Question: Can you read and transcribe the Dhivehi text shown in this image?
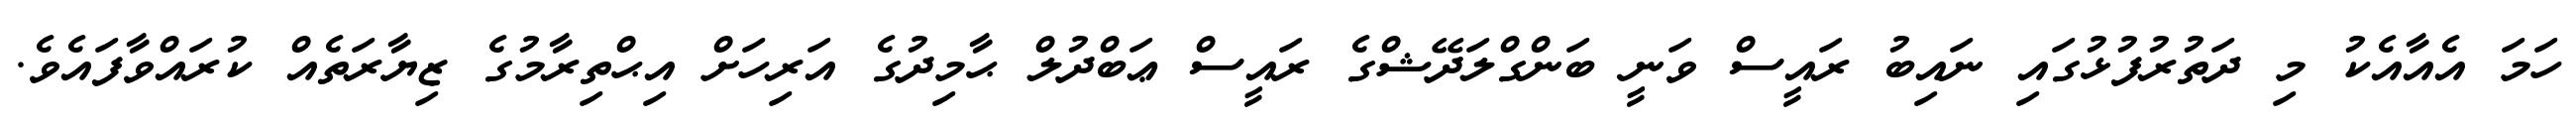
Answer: ހަމަ އެއާއެކު މި ދަތުރުފުޅުގައި ނައިބު ރައީސް ވަނީ ބަންގްލަދޭޝްގެ ރައީސް ޢަބްދުލް ޙާމިދުގެ އަރިހަށް އިޙްތިރާމުގެ ޒިޔާރަތެއް ކުރައްވާފައެވެ.